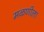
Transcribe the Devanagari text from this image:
मळणीला